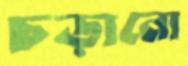
চড়ানো